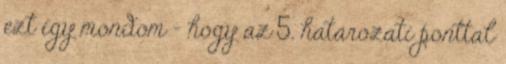
ezt így mondom – hogy az 5. határozati ponttal